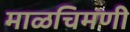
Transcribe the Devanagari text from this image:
माळचिमणी